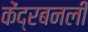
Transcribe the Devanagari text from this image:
केंद्रबनली